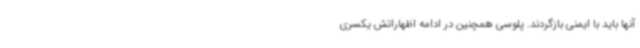
آنها باید با ایمنی بازگردند. پلوسی همچنین در ادامه اظهاراتش یکسری